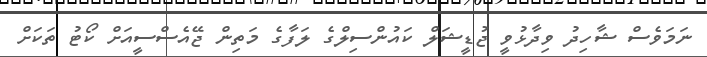
ނަމަވެސް ޝާހިދު ވިދާޅުވީ ޖުޑީޝަލް ކައުންސިލްގެ ލަފާގެ މަތިން ޖޭއެސްސީއަށް ކޯޓު ތަކަށް